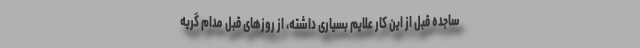
ساجده قبل از این کار علایم بسیاری داشته، از روزهای قبل مدام گریه